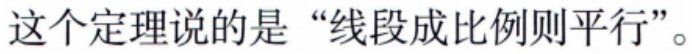
这个定理说的是 “线段成比例则平行”。